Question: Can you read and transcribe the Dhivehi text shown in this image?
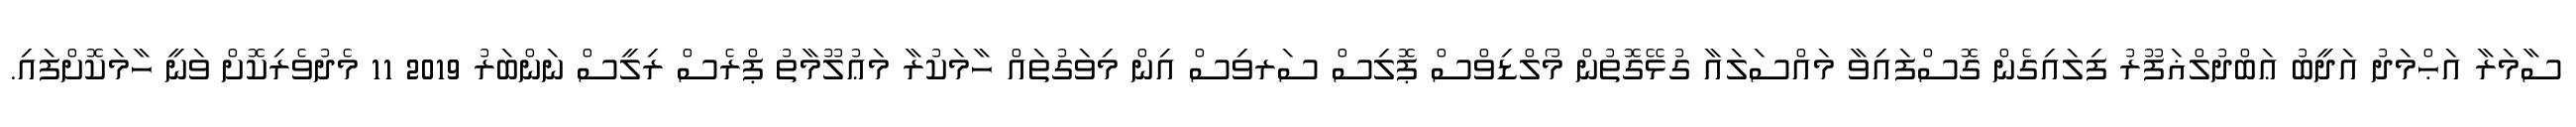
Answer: ސާމަރާ އަޙްމަދު އަދީބު ޢަބްދުލްޣަފޫރު ފިލައިގެން ގޮސްފައިވާ މައްސަލައާ ގުޅޭގޮތުން މޯލްޑިވްސް ޕޮލިސް ސަރވިސް އިން މިވަގުތައް ހާމަކުރާ މަޢުލޫމާތު ޕްރެސް ރިލީސް ނަންބަރު 2019 11 މެދުވެރިކޮށް ވަނީ ހާމަކޮށްފައި.